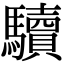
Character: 𩧈